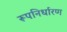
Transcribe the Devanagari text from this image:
रूपनिर्धारण